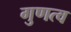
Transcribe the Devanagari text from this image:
गुणत्व